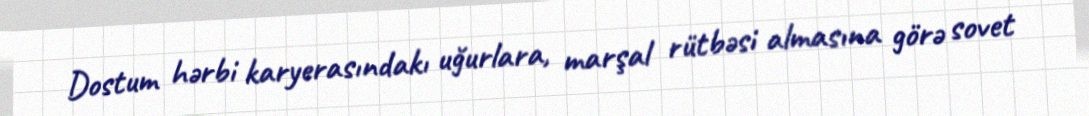
Dostum hərbi karyerasındakı uğurlara, marşal rütbəsi almasına görə sovet